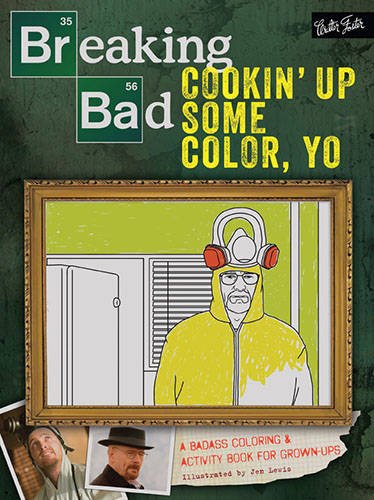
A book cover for Breaking Bad: Cookin' Up Some Color, Yo: A badass coloring & activity book for grown-ups; Walter Foster Creative Team; Humor & Entertainment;